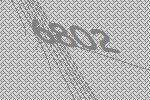
6802